Vital statistics of India. Vol. IV, Annual returns from 1871 to 1876. British Army of India, Native Army and jails of Bengal
Year: 1871
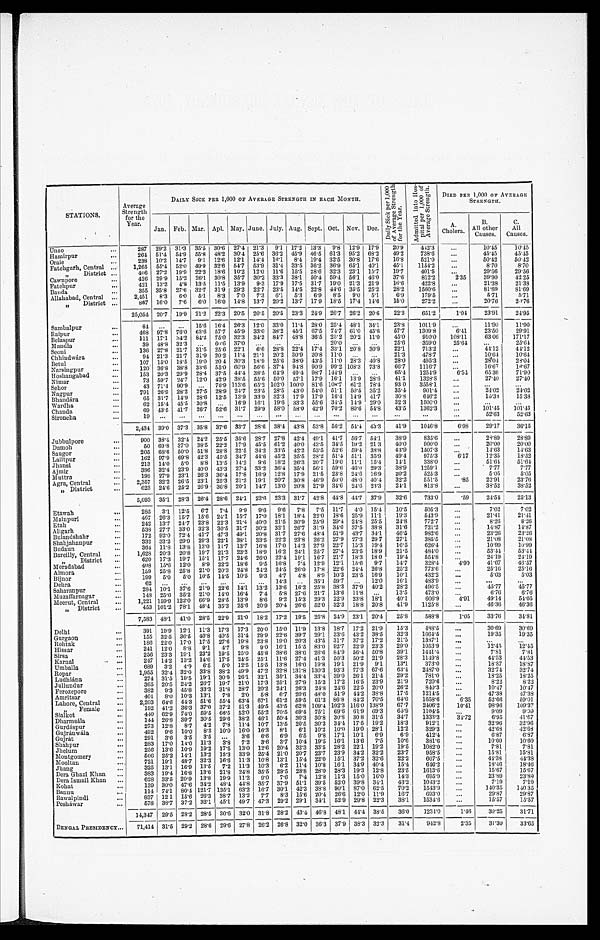
STATIONS.
Average
Strength
for the
Year.
DAILY SICK PER 1,000 OF AVERAGE STRENGTH IN EACH MONTH.
D a i l y S i c k p e r 1 , 0 0 0 o f A v e r a g e S t r e n g t h f o r t h e Y e a r .
A d m i t t e d i n t o H o s p i t a l p e r 1 , 0 0 0 o f A v e r a g e S t r e n g t h .
DIED PER 1,000 OP AVERAGE
STRENGTH.
Jan. Feb. Mar. Apl. May. June. July. Aug. Sept. Oct. Nov. Dec.
A.
Cholera.
B.
All other
Causes.
C.
All
Causes.
Unao
...
287 29.2 31.3 35.5 30.6 27.4 21.3
9.1 17.2 13.3
9.8 12.9 17.9
20.9
442.3
. . .
10.45
10.45
Hamirpur
...
264 51.4 54.9 55.8 48.2 30.4 25.6 36.2
45.9 46.5 61.3 95.2 68.2
49.2
738.6 ...
45.45
45.45
Oraie
...
238 10.2 14.7 9.1 12.6 12.1 14.4 16 . 1
8.4 19.4 32.5 30.8 17.6
16.8
521.0
...
50.42
50.42
Fatehgarh, Central ...
1,265 55.4 52.0 49.9 32.6 54.7 53.9 31.4 33.5 36.2 36.9 65.1 40.1
45.1
1154.2
...
8 . 7 0
8.70
„
District ...
406 27.2 19.9 22.3 18.6 10.2 12.0 11.6 15.5 28.6 32.3 23.1 15.7
19.7
401.5
...
29.56
29.56
Cawnpore
...
426 29.9 15.2 26.1 30.8 35.7 30.2 33.3 38.1 50.4 59.4 56.1 46.0
37.6
812.2
2.35
39.90
42.25
Fatehpur
...
421 13.2
4. 8 13.5 11.5 13.9
9 . 3 17.9 17.5 31.7 19.0 21.3 21.9
16.6
422.8
...
21.38
21.38
Banda
...
355 35.8 27.6 32.7 31.0 29.2 22.7 23.5 14.5 22.8 44.6 35.5 25.2
28.2
1560.6
...
81.69
8 1 . 6 9
Allahabad, Central ...
2,451
8 .3
6.0
5.1
8.3
7.0
7.3
6.1
5 . 3
6.9
8.5
9.0 5.1
6.9
179.5
...
5.71
5.71
District ....
867 16.0
7.6
6.0 16.0 14.8 13.7 20.2 13.7 17.9 18.5 17.4 17.6
15.0
272.2 ...
20.76
21.76
25,054 20.7 19.9 21.2 22.3 20.5 20.5 20.5 23.3 24.9 26.7 26.2 20.6
22.3
651.2
1.04
23.91
24.95
Sambalpur
...
84
...
...
15.6 16.4 26.3 12.0 33.0 11.4 28.0 25.4
4 8 . 1 34.1
23.8
1011.9
...
11.90
11.90
Raipur
...
468 97.8 76.0 63.6 57.7 45.9 33.0 38.2 45.1 67.5 74.7 61.0 45.6
57.7
1309.8
6.41
23.50
29.91
Belaspur
...
111 17.1 34.2 84.2 75.0 32.3 34.2 84.7 48.8 36.5 25 . 2 20.2 11.0
45.0
910.0
108.11
63.06
171.17
Mandla
...
39
4 8 . 8 32.3
...
60.6 37.0
..
...
...
...
20.0
. . .
. .
25.6
359.0
25.64
...
25.64
Seoni
...
136 27.8 21.7 31.5 25.6 22.1
6.6 28.8 22.4 17.4 33.1 20.8 30.9
22.1
713.2
...
44.12
4 4 . 1 2
Chhindwara
...
94 21.3 21.7 31.9 20.2 11.4 21.1 20.2 30.9 20.8
1 1 . 0
. . .
. . .
21.3
478.7
...
10.64
10.64
Betul
...
107 15.0 18.5 19.0 20.4 30.3 18.9 25.6 38.0 43.5 11.0 28.3 40.8
28.0
495.3
...
28.04
28.04
Narsingpur
...
120 36.8 38.8 33 .6 55.0 60.9 56.6 37.4 94.8 90.9 99.2 108.3 73.8
66.7
1116.7
..
16.67
16.67
Hoshangabad
...
153 20.3 29.9 28.4 37.5 44.4 38.5 64.9 49.4 98.7 144.9
...
...
65.4
1254.9
6.54
65.36
71.90
Nimar
...
73 59.7 24.7 12.0
4 2 . 9 38.5 55.6 50.0 57.1 17.9 16.1 13.9 28.6
41.1
1328.8
...
27.40
27.40
Sehor
...
43 71.4 90.9
...
76.9 113.6 65.2 102.0 100.0 81.6 108.7 61.2 78.4
93.0
3558.1 ...
. .
. . .
Nagpur
...
791 26.9 28.2 27.5 28.9 24.7 23.5 28.5 43.0 54.0 51.1 50.5 35.2,
35.4
901.4
. . .
24.02
2 4 . 0 2
Bhandara
...
65 31.7 14.9 28.6 12.5 13.9 33.9 32.3 17.9 17.9 16.4 14.9 41.7
30.8
646.2
. . .
15.38
1 5 . 3 8
Wardha
...
62 15.4 45.5 30.8
. . .
16.9 16.1 19.6 33.3 55.6 34.5 14.9 29.0
32.3
1500.0
...
...
...
Chanda
...
69 43.5 41.7 26.7 52.6 31.7 29.9 58.0 58.0 42.9 70.2 80.6 54.8
43.5
1362.3 ...
101.45
101.45
Sironcha
...
19
. . .
...
. . .
. . .
. . . ...
...
...
...
. . .
...
. . .
...
...
...
52.63
53.63
2,434 39.0 37.3 35.8 37.6 33.7 28.6 38.4 43.8 53.8 56.2 54.4 43.3
4 1 . 9
1046.8
6.98
29.17
3 6 . 1 5
Jubbulpore
...
900 38.4 32.4 24.2 25.5 35.6 28.7 27.8 42.4
4 9 . 1 41.7 56.7 54.1
38.9
835.6
...
2089
28.89
Damoh
...
50 69.8 37.0 38.5 22.2 17.9 45.5 61.2
40.0 43.5 34.5 19.2 21.3
40.0
900.0
. . .
20.00
20.00
Saugor
...
205 68.6 50.0 51.8 28.8 22.5 34.2 33.5 42.2 53.5 52.6 59.4 38.8
43.9
1507.3
...
14.63
14.63
Lalitpur
...
162 97.9 69.8 42.3 45.5 34.7 44.6 45.2 35.5 28.2 51.4 51.1 35.9
49.4
975.3
6.17
12.35
18.52
Jhansi
...
213 14.0
5.0
8.8 13.5 14.2
9.6 18.2 26.3 20.7 19.0 11.1 15.4
14.1
338.0
. . .
51.64
51.64
Ajmir
...
386 32.4 23.9 40.0 43.3 27.4 33.2 36.4 35.4 56. 1 59.6 46.0 29.3
38.9
1259.1
...
7.77
7.77
Muttra
...
198 27.9 23.1 26.3 36.4 17.8 16.9 12.8 17.9 21.5 23.8 24.6 16.9
20.2
525.3 ...
5.05
5.05
Agra, Central
...
2,357 32.2 26.5 23.1 25.3 21.2 19.1 20.7 30.8 46.9 50.0 48.0 40.4
32.2
551.5
.85
22.91
23.76
„ District
...
623 24.6 25.2 26.9 36.8 20.1 14.7 13.0 20.8 27.9 34.6 24.6 23.3
24.1
813•8
...
38.52
38.52
5,093 35.1 28.3 26.4 28.6 24.1 22.6 23.3 31.7 42.8 44.8 44.7 37.9
32.6
733.0
.59
24.51
25.13
Etawah
...
285
3.1 12.5
6.7
7.4 9.9
9.6
9.6
7.8 7.5 11.7
4.0 15.4
10.5
505.3
...
7 . 0 2
7 . 0 2
Mainpuri
...
467 26.3 15.7 15.6 24.1 15.7 17.0 18.1 18.1 22.0 18.6 25.9 11.1
19.3
543.9
...
21.41
21.41
Etah
...
242 13.7 24.7 23.8 22.3 21.4 40.0 21.5 30.9 25.9 29.4 24.8 25.5
24.8
772.7
...
8.26
8.26
Aligarh
...
538 27.7 33.0 32.3 30.5 31.7 30.2 32.1 26.7 31.9 34.0 37. 5 38.8
31.6
721.2
...
14.87
14.87
Bulandshahr
...
172 92.0 72.4 41.7 47.3 49.1 20.8 31.7 27.6 48.4 51.9 43.7 34.1
46.5
982.6 ...
23.26
2 3 . 2 6
Shahjahanpur
332 33'2 29'9 29'3 22'1 38'1 33'5 22'2 23'8 26'2 27'9 27'3 29 7
27'1
385'5
...
21.08
2 1 . 0 8
Budaun
...
364
1 1 . 8
13. 8 13.0
1 1 . 7 13.7 16.8 17.0
14.2
2 7 . 9 22.7 15.3 19.4
16.5
6 2 6 . 4
...
10.99
10.99
Bareilly, Central
...
1,628 20.3 20.8 19.7 21.3 23.2 18.9 16.2 24.1 25.7 27.4 23.5 18.9
21.5
4 8 4 . 0
...
53.44
53.44
„
District
...
620 17.3 19.7 15.1 17.7
2 4 . 6 26.0 22.4 19.1
1 6 . 7 21.7 18.3 18 0
19.4
554.8
. . .
24.19
24.19
Moradabad
...
408
1 5 . 6 12.0
8.9 22.2 18.6
9.5 16.8
7.4 12.9 12.1 15.6
9.7
14.7
3 2 8 . 4
4 . 9 0
41.67
46.57
Almora
...
159 25.8 25.8 21.0 20.3 24.8 24.2 24.5 26.0 17.8 22.6
2 4 . 4 26.8
25.2
773.6
...
25.16
25.16
Bijnor
...
199
5.0
5.0 10.5
1 4 . 5 10.5
9.3
4 . 7
4.8 8.9 10.3 23.5 16.9
10.1
432.2
. . .
5.03
5.03
Dehra
...
62
...
...
. . .
...
...
...
1 4 . 3 ...
35.1 59.7
. . . 12.0
16.1
483.9
...
...
...
Saharanpur
...
284 10.1 37.6 21.9 22.6
1 4 . 1 13.2 13.6
1 6 . 2
25.8 38.3 37.9 40.2
28.2
496.5 ...
45.77
45.77
Muzaffarnagar
...
148 25.6 35.2 21.0 14.0 16.4 7.4
5 . 8 27.6 21.7 13.6 11.8
. . .
13.5
473.0
...
6.76
6 . 7 6
Meerut, Central
...
1,221 159.9 122.0 66.9 28.5 13.9
8 . 6 9.2 15.3 29.3 22.9 23.8 18.1
40.1
606.9
4.91
49.14
54.05
„ District
...
453 101.2 78.1 48.4 35.3 25.6 20.9 20.4 26.6 52.0 32.3 18.8 20.8
41.9
1125.8
...
46.36
46.36
7,583 48.1
41. 0 28.5 22.9 21.0 18.2 17.2 19.5 25.8 24.9 23.1 20.4
25.8
588.8
1.05
33.76
3 4 . 8 1
Delhi
...
391 19.9 12.1 11.3 17.3 17.3 20.0 15.0 11.9 13.8 18.7 17.2 21.9
15.3
488.5
...
30.69
30.69
Gurgaon
...
155 32.5 36.5 40.8 40.5 31.4 29.9 22.6 39.7 29.1 33.6 43.2 38.5
32.3
1664.5
. . .
19.35
1 9 . 3 5
Rohtak
...
186 22.0 17.0 17.5 27.6 19.8 23.8 19.0 20.3 43.5 31.7 37.2 17.2
21.5
1387.1
...
. . .
...
Hissar
...
241 12.0 8.8
9.1
4 . 7 9.8
9.0 16.1 15.5 83.0 92.7 22.9 23.3
29.0
1053.9
...
12.45
12.45
Sirsa
...
256
2 3 . 3 19.1 23.2 19.5 25.0 45.8 38.6 38.6 26.6 84.9 56.4 50.8
39.1
1 4 4 1 . 4
...
7.81
7.81
Karnal
...
247
1 4 . 2 13.2 14.6 17.5
2 4 . 5 25.1
1 1 . 6 27.4 41.3 50.3 50.2
2 1 . 9
28.3
1149.8 ...
44.53
4 4 . 5 3
Umballa
...
689 3.2
4.9
6.5
5.0 12.5 15.5 13.8 16.0 19.8 19.1 21.9
9.1
13.1
373.0
...
18.87
18.87
Ropar
...
1,955 32.4 32.0 33.8 38.2 49.9 47.2 32.8 131.8 130.3 93.3 77.3 67.6
63.4
2487.0
. . .
32.74
32.74
Ludhiana
...
274
3 1 . 5 19.5 1911 30.9 26.1 32.1 35.1
34.4 33.4 39.0
2 6 . 1
2 1 . 4
29.2
781.0
. . .
18.25
18.25
Jullundur
...
365
2 0 . 5 24.2
2 6 . 7
1 9 . 7 21.0 17.3 25.1 27.9 15.3 17.2 16.5 23.9
21.9
720.6
...
8.22
8022
Ferozepore
...
382
9.3 45.8 33.3 31.8 28.7 20.2 24. 1 26.3 24.8 24.6 22.5 20.0
26.2
840.3 ...
10.47
10.47
Amritsar
...
401
8.0 10.3 13.1
7.8
2 . 0 5.8
6.7 20.6 48.0 51'9 44.2 38.8
1 7 . 5
1214.5
...
47.38
47.38
Lahore, Central
...
2,203 64.6 44.3 51.6 55.4 63.4 67.1 61.2 59.5 61.3 86.8 84.2 70.5
64.0
1658.6
6.35
52.66
59.01
„
Female
...
192 41.2 36.3 37.0 37.2 51.3 49.5 43.5 62.8 109.4 102.3 116.0 138.9
67.7
2406.2
10.41
98.96
109.37
Sialkot
440 62.9 74.0 59.5 66.5 52.0 55.2 70.5 69.4 75.1 69.6 61.9
6 9 . 3
65.9
1104.5 ...
9.09
9.09
Dharmsála
...
144
2 6 . 8 39.7 30.5 29.6 38.2 46.1 50.4 30.3 30.8 30.8 30.8 31.5
34.7
1333.3
3 4 . 7 2
6.95
41.67
Gurdaspur
...
273 12.8
8.7
4 . 2 7.8 11.4 10.7 13.5 20.5 30.3 34.4 17.5 19.2
18.3
912.1
...
32.96
32.96
Gujranwala
...
492
9.6 10.0
8.3 10.0 16.0 16.3
8.1
6.1 10.2 10.0 19.0 28.1
12.2
329.3
...
42.68
42.68
Gujrat
...
291
3 . 6 3.5
3.5
..
3.6
6.6
6.9 6.5
9.8 17.1 10.1
6.9
6.9
412.4
...
6.87
6.87
Shahpur
...
283 17.0
14.0 11.3
3.8
7.2
3 . 6 3.7 10.4 19.5 16.1 13.6 7.5
10.6
381.6 ...
10.60
10.60
Jhelum
...
256 13.6 10.9 19.2 17.5 13.0 12.6 20.4 32.3 33.5 28.2 22.1 19.2
19.5
1082.0
...
7.81
7.81
Montgomery
...
506 25.2
14.1 13.2 15.3 33.9 25.4 21.0 20.7 23.7 23.9 34.2 32.2
23.7
958.5
...
15.81
15.81
Mooltan
...
721 19.1 48.7 32.3 16.6
1 1 . 3 10.8 13.1 15.4 22.0 15.1 37.2 32.6
22.2
607.5
...
44.38
4 4 . 3 8
Jhang
...
325 13.1 16.9 13.5
7.2 11.3 10.3 6.2 11.4 10.8 16.1 34.9 40.4
15.4
646.2
...
18.46
18.46
Dera Ghazi Khan ...
383 19.4
16. 8 13.6
2 1 . 8
2 4 . 8 35.5 29.5 28.8 28.0 28.3 19.3 12.8
23.5
1613.6 ...
15.67
15.67
Dera Ismail Khan
...
628 33.5 20.9 13.8 19.9 11.2
9.0
7.6
7.4 12.8 11.3 15.0 16.0
1 4 . 3
6 9 5 . 9
...
23.89
23.89
Kohat
...
139 30.0 47.6 34.2 48.4 44.8 35.7 37.9 51.1 39.5 52.0 39.8 34.1
43.2.
1043.2
...
7.19
7.19
Bannu
...
114 74.1 80.4
1 2 1 . 7 135.1 63.2 16.7 30.1 42.3 38.8 90.1 87.0 62.5
70.2
1543.9
...
140.35
140.35
Rawalpindi
...
837 12.1 15.6 26.3 38.7 13.2
7.7
8.3
15.6 20.4 26.6 12.0 11.9
16.7
693.0
...
29.87
29.87
Peshawar
..
57 8 38.7 37.2 32.1 45.1 49.7 47.3
2 9 . 2 29.1
3 4 . 1 52.9 29.8 22.3
38.1
1534.6
...
15.57
15.57
14,347 29.5 28.2 28.5 30.6 32.0 31.8 28.2 43.4 46.8 48.1 44.4 38.5
36-0
1234.0
1 . 4 6
30.25
31.71
BENGAL PRESIDENCY...
71,414 375 29.2 28.6 29.6 27.8 26.2 26.8 32.0 36.3 37.9 38.3 32.3
31.4
9 4 2 . 8
2.35
31.30
33.65